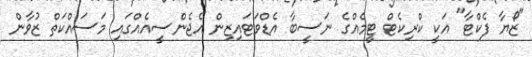
"ޒޯޔާ ފެކްޓާ" އަކީ ކްރިކެޓް ޓީމެއްގެ ނަސީބާ އެޑްވަޓައިޒިން އެޖެންސީއެއްގައި މަސައްކަތް ޒުވާން